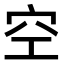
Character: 空